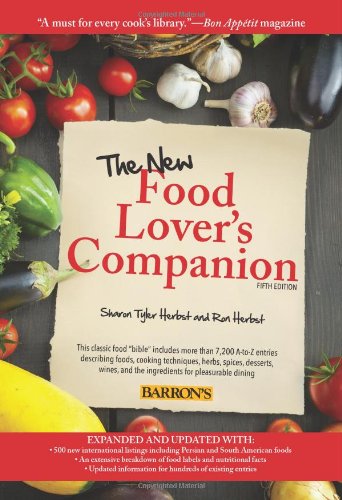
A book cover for The New Food Lover's Companion; Ron Herbst; Cookbooks, Food & Wine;